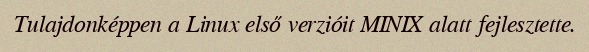
Tulajdonképpen a Linux első verzióit MINIX alatt fejlesztette.